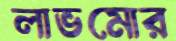
লাভমোর